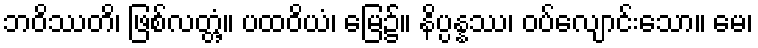
ဘဝိဿတိ၊ ဖြစ်လတ္တံ့။ ပထဝိယံ၊ မြေ၌။ နိပ္ပန္နဿ၊ ဝပ်လျောင်းသော။ မေ၊